Report on vaccination North-West Frontier Province 1904-1922 - 1904-1922
Year: 1904
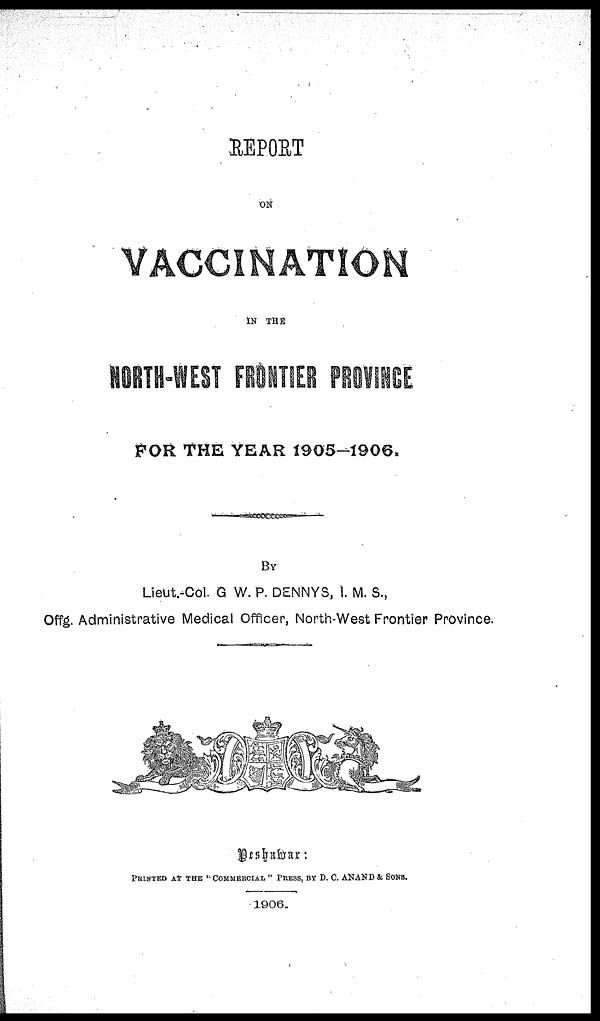
REPORT
ON
VACCINATION
IN THE
NORTH-WEST FRONTIER PROVINCE
FOR THE YEAR 1905—1906.
BY
Lieut.-Col. G. W. P. DENNYS, I. M. S.,
Offg. Administrative Medical Officer, North-West Frontier Province.
Peshawar:
PRINTED AT THE " COMMERCIAL " PRESS, BY D. C. ANAND & SONS.
1906.